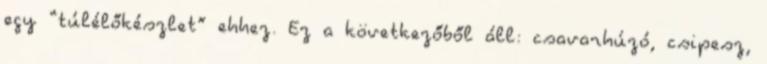
egy “túlélőkészlet” ehhez. Ez a következőből áll: csavarhúzó, csipesz,